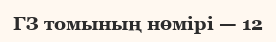
ГЗ томының нөмірі — 12